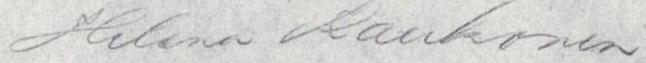
Helena Kaukonen